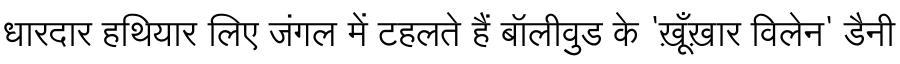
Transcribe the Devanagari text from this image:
धारदार हथियार लिए जंगल में टहलते हैं बॉलीवुड के 'ख़ूँख़ार विलेन' डैनी